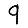
Digit: 9